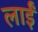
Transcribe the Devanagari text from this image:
लाईं